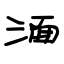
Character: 湎